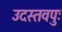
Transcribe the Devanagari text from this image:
उदस्तवपुः